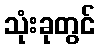
သုံးခုတွင်